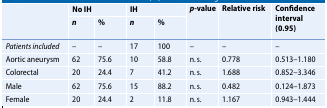
| <ROWSPAN=2>  | <COLSPAN=2> No IH | <COLSPAN=2> IH | <ROWSPAN=2> p-value | <ROWSPAN=2> Relative risk | <ROWSPAN=2> Confidence interval (0.95) |
 | n | % | n | % |
 | --- | --- | --- | --- | --- | --- | --- | --- |
 | Patients included | – | – | 17 | 100 | – | – | – |
 | Aortic aneurysm | 62 | 75.6 | 10 | 58.8 | n. s. | 0.778 | 0.513–1.180 |
 | Colorectal | 20 | 24.4 | 7 | 41.2 | n. s. | 1.688 | 0.852–3.346 |
 | Male | 62 | 75.6 | 15 | 88.2 | n. s. | 0.482 | 0.124–1.873 |
 | Female | 20 | 24.4 | 2 | 11.8 | n. s. | 1.167 | 0.943–1.444 |